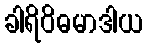
ခါရိဝိဓမာဒါယ